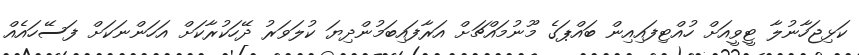
ކަޅިޖަހާނުލާ ޓީވީއަށް ހުއްޓިފައިއިން ބައްޕަގެ މޫނުމައްޗަށް އަރާފައިބަމުންދިޔަ ކުލަވަރު ދޭހަކުރާކަށް އަހަންނަކަށް ފަސޭހައެއް